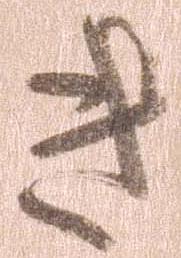
き